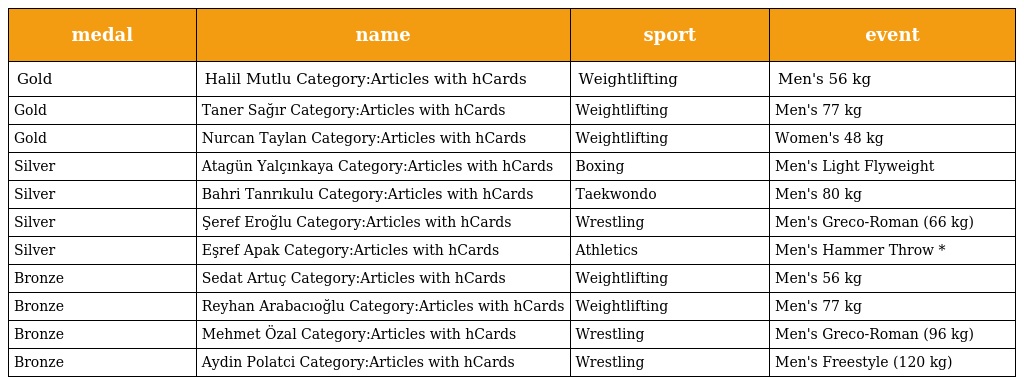
| medal | name | sport | event |
 | --- | --- | --- | --- |
 | Gold | Halil Mutlu Category:Articles with hCards | Weightlifting | Men's 56 kg |
 | Gold | Taner Sağır Category:Articles with hCards | Weightlifting | Men's 77 kg |
 | Gold | Nurcan Taylan Category:Articles with hCards | Weightlifting | Women's 48 kg |
 | Silver | Atagün Yalçınkaya Category:Articles with hCards | Boxing | Men's Light Flyweight |
 | Silver | Bahri Tanrıkulu Category:Articles with hCards | Taekwondo | Men's 80 kg |
 | Silver | Şeref Eroğlu Category:Articles with hCards | Wrestling | Men's Greco-Roman (66 kg) |
 | Silver | Eşref Apak Category:Articles with hCards | Athletics | Men's Hammer Throw * |
 | Bronze | Sedat Artuç Category:Articles with hCards | Weightlifting | Men's 56 kg |
 | Bronze | Reyhan Arabacıoğlu Category:Articles with hCards | Weightlifting | Men's 77 kg |
 | Bronze | Mehmet Özal Category:Articles with hCards | Wrestling | Men's Greco-Roman (96 kg) |
 | Bronze | Aydin Polatci Category:Articles with hCards | Wrestling | Men's Freestyle (120 kg) |